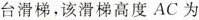
台滑梯，该滑梯高度AC为